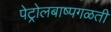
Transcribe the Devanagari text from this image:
पेट्रोलबाष्पगळती